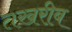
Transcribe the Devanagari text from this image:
तखरीब